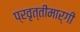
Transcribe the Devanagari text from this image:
प्रवृत्तीमार्गी